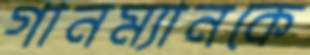
গানম্যানকে